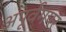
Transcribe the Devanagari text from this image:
अपूर्वमपरं